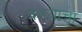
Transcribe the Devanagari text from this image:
कश्याचा